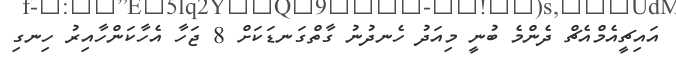
އައިޗީއެމްއެޗް ދެންމެ ބުނީ މިއަދު ހެނދުނު ގާތްގަނޑަކަށް 8 ޖަހާ އެހާކަންހާއިރު ހިނގި